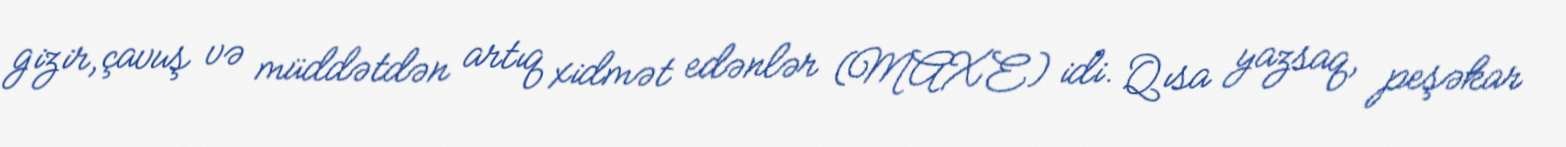
gizir, çavuş və müddətdən artıq xidmət edənlər (MAXE) idi. Qısa yazsaq, peşəkar